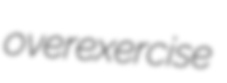
overexercise